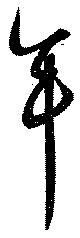
牟